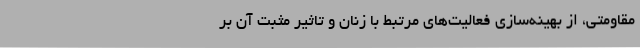
مقاومتی، از بهینه‌سازی فعالیت‌های مرتبط با زنان و تاثیر مثبت آن بر